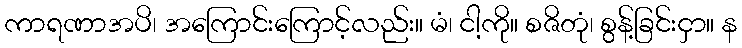
ကာရဏာအပိ၊ အကြောင်းကြောင့်လည်း။ မံ၊ ငါ့ကို။ စဇိတုံ၊ စွန့်ခြင်းငှာ။ န